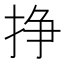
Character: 挣